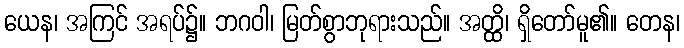
ယေန၊ အကြင် အရပ်၌။ ဘဂဝါ၊ မြတ်စွာဘုရားသည်။ အတ္ထိ၊ ရှိတော်မူ၏။ တေန၊